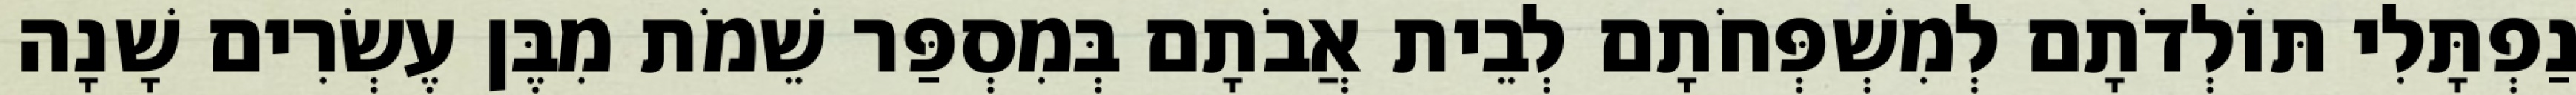
נַפְתָּלִי תּוֹלְדֹתָם לְמִשְׁפְּחֹתָם לְבֵית אֲבֹתָם בְּמִסְפַּר שֵׁמֹת מִבֶּן עֶשְׂרִים שָׁנָה